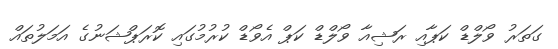
ގަތަރު ވޯލްޑް ކަޕާއި ރަޝިއާ ވޯލްޑް ކަޕް އެވޯޑް ކުރުމުގައި ކޮރަޕްޝަނުގެ އަމަލުތައް